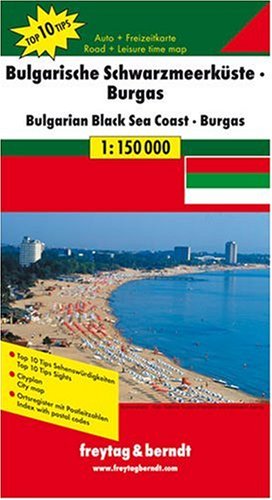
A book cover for Bulgarian Black Sea Coast (English, French, Italian and German Edition); Freytag-Berndt; Travel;